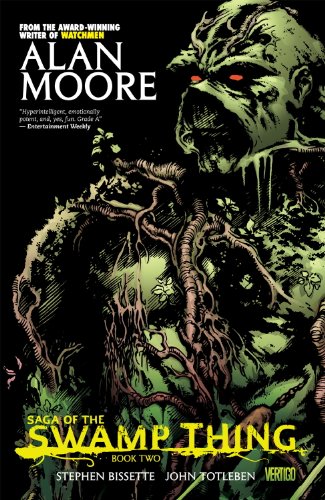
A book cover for Saga of the Swamp Thing, Book 2; Alan Moore; Comics & Graphic Novels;